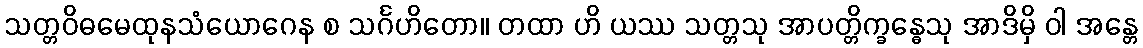
သတ္တဝိဓမေထုနသံယောဂေန စ သင်္ဂဟိတော။ တထာ ဟိ ယဿ သတ္တသု အာပတ္တိက္ခန္ဓေသု အာဒိမှိ ဝါ အန္တေ